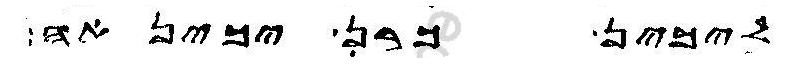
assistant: ליכין כרן יכינאה